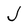
Character: J